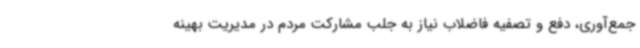
جمع‌آوری، دفع و تصفیه فاضلاب نیاز به جلب مشارکت مردم در مدیریت بهینه